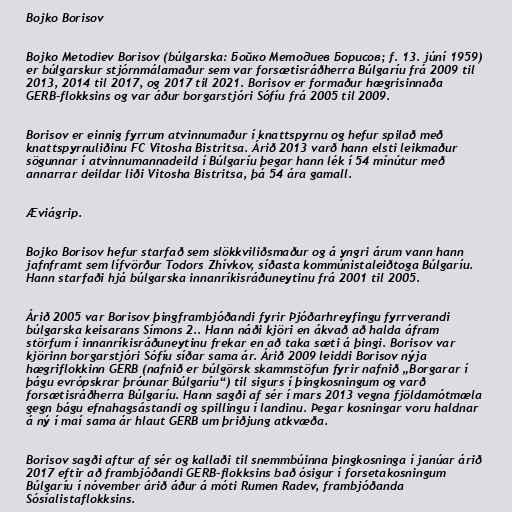
Bojko Borisov

Bojko Metodiev Borisov (búlgarska: Бойко Методиев Борисов; f. 13. júní 1959)
er búlgarskur stjórnmálamaður sem var forsætisráðherra Búlgaríu frá 2009 til
2013, 2014 til 2017, og 2017 til 2021. Borisov er formaður hægrisinnaða
GERB-flokksins og var áður borgarstjóri Sófíu frá 2005 til 2009.

Borisov er einnig fyrrum atvinnumaður í knattspyrnu og hefur spilað með
knattspyrnuliðinu FC Vitosha Bistritsa. Árið 2013 varð hann elsti leikmaður
sögunnar í atvinnumannadeild í Búlgaríu þegar hann lék í 54 mínútur með
annarrar deildar liði Vitosha Bistritsa, þá 54 ára gamall.

Æviágrip.

Bojko Borisov hefur starfað sem slökkviliðsmaður og á yngri árum vann hann
jafnframt sem lífvörður Todors Zhívkov, síðasta kommúnistaleiðtoga Búlgaríu.
Hann starfaði hjá búlgarska innanríkisráðuneytinu frá 2001 til 2005.

Árið 2005 var Borisov þingframbjóðandi fyrir Þjóðarhreyfingu fyrrverandi
búlgarska keisarans Símons 2.. Hann náði kjöri en ákvað að halda áfram
störfum í innanríkisráðuneytinu frekar en að taka sæti á þingi. Borisov var
kjörinn borgarstjóri Sófíu síðar sama ár. Árið 2009 leiddi Borisov nýja
hægriflokkinn GERB (nafnið er búlgörsk skammstöfun fyrir nafnið „Borgarar í
þágu evrópskrar þróunar Búlgaríu“) til sigurs í þingkosningum og varð
forsætisráðherra Búlgaríu. Hann sagði af sér í mars 2013 vegna fjöldamótmæla
gegn bágu efnahagsástandi og spillingu í landinu. Þegar kosningar voru haldnar
á ný í maí sama ár hlaut GERB um þriðjung atkvæða.

Borisov sagði aftur af sér og kallaði til snemmbúinna þingkosninga í janúar árið
2017 eftir að frambjóðandi GERB-flokksins bað ósigur í forsetakosningum
Búlgaríu í nóvember árið áður á móti Rumen Radev, frambjóðanda
Sósíalistaflokksins.